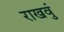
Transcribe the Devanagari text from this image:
राखवुं